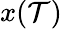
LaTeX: x(\mathcal{T})